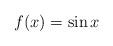
LaTeX: \begin{align*}f(x) = \sin x\end{align*}